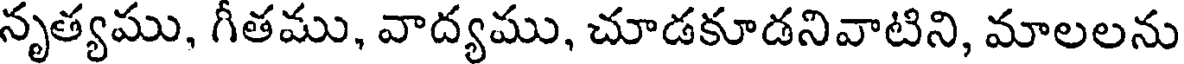
నృత్యము, గీతము, వాద్యము, చూడకూడనివాటిని, మాలలను